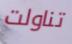
تناولت